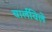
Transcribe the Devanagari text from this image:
चार्लविले